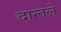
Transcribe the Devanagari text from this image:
दान्तले